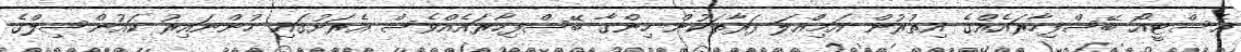
އެސްޓީއޯ ބޭސްފިހާރައެއްގެ އިތުރުން އަމިއްލަ ފަރާތަކުން ހިންގާ ބޭސްފިހާރައެއްވެސް އެރަށުގައި ހުންނައިރު ކައުންސިލްގެ